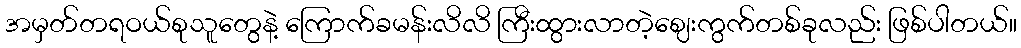
အမှတ်တရဝယ်စုသူတွေနဲ့ ကြောက်ခမန်းလိလိ ကြီးထွားလာတဲ့ဈေးကွက်တစ်ခုလည်း ဖြစ်ပါတယ်။